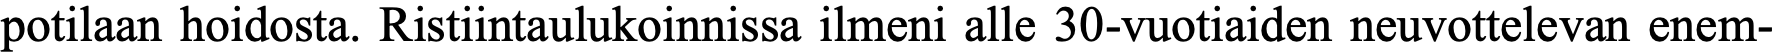
potilaan hoidosta. Ristiintaulukoinnissa ilmeni alle 30-vuotiaiden neuvottelevan enem-